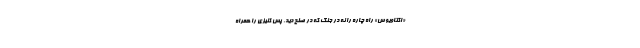
«اکتاویوس» راه چاره را نه در جنگ که در صلح دید. پس کنیزی را همراه